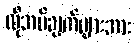
လိုအပ်ချက်များအား